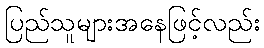
ပြည်သူများအနေဖြင့်လည်း